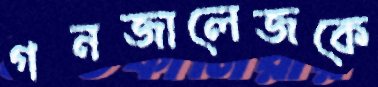
গনজালেজকে